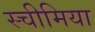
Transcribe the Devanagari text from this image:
स्चीमिया